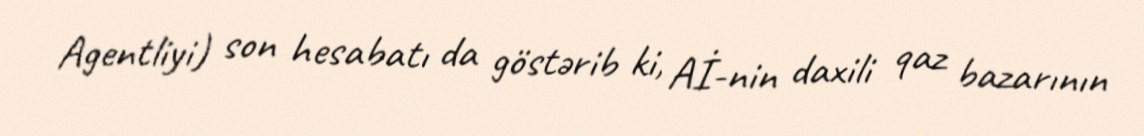
Agentliyi) son hesabatı da göstərib ki, Aİ-nin daxili qaz bazarının